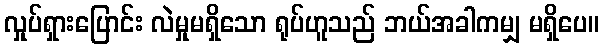
လှုပ်ရှားပြောင်း လဲမှုမရှိသော ရုပ်ဟူသည် ဘယ်အခါကမျှ မရှိပေ။